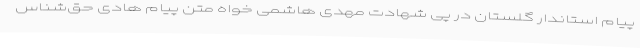
پیام استاندار گلستان در پی شهادت مهدی هاشمی خواه متن پیام هادی حق‌شناس